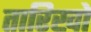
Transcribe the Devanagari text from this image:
तारिखों